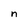
Character: n